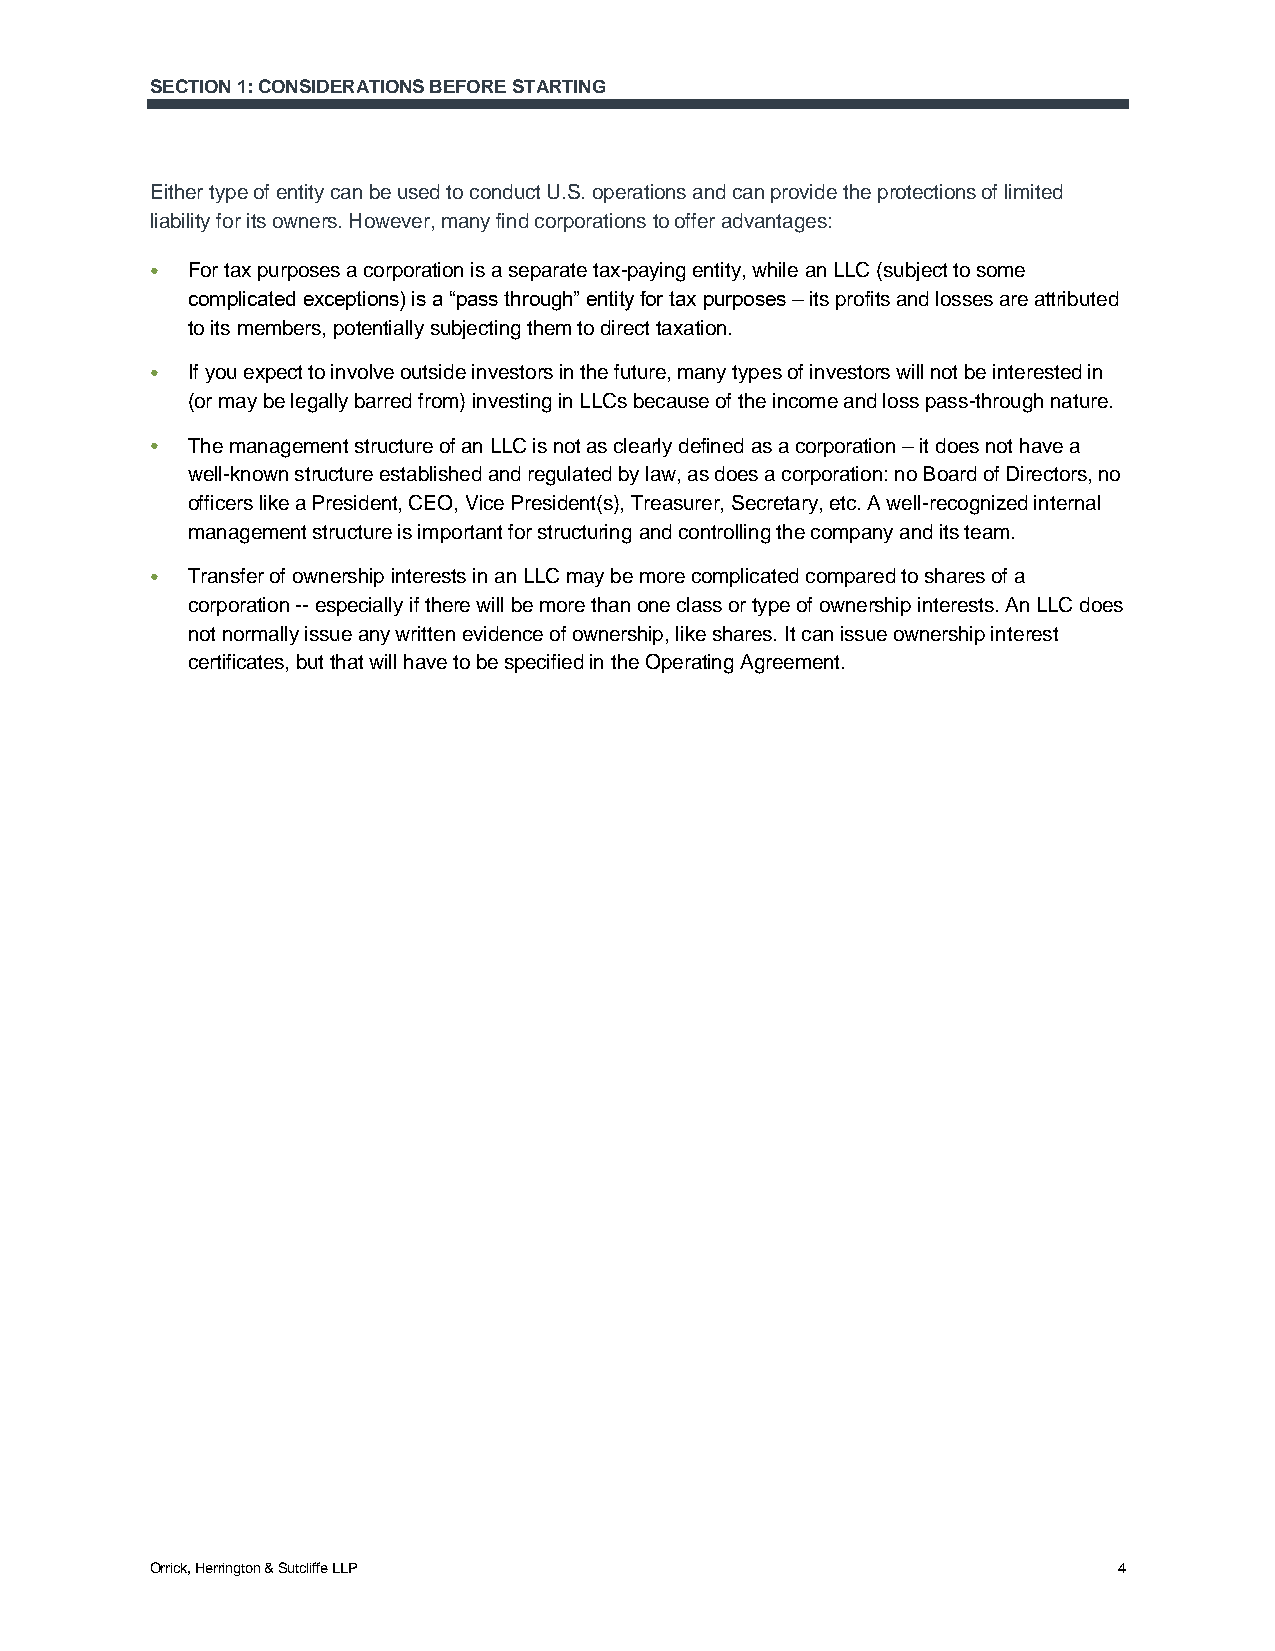
SECTION 1: CONSIDERATIONS BEFORE STARTING
 Either type of entity can be used to conduct U.S. operations and can provide the protections of limited
 liability for its owners. However, many find corporations to offer advantages:
 ● For tax purposes a corporation is a separate tax-paying entity, while an LLC (subject to some
 complicated exceptions) is a “pass through” entity for tax purposes – its profits and losses are attributed
 to its members, potentially subjecting them to direct taxation.
 ● If you expect to involve outside investors in the future, many types of investors will not be interested in
 (or may be legally barred from) investing in LLCs because of the income and loss pass-through nature.
 ● The management structure of an LLC is not as clearly defined as a corporation – it does not have a
 well-known structure established and regulated by law, as does a corporation: no Board of Directors, no
 officers like a President, CEO, Vice President(s), Treasurer, Secretary, etc. A well-recognized internal
 management structure is important for structuring and controlling the company and its team.
 ● Transfer of ownership interests in an LLC may be more complicated compared to shares of a
 corporation -- especially if there will be more than one class or type of ownership interests. An LLC does
 not normally issue any written evidence of ownership, like shares. It can issue ownership interest
 certificates, but that will have to be specified in the Operating Agreement.
 Orrick, Herrington & Sutcliffe LLP                              4